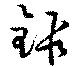
鍛